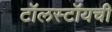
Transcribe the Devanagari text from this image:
टॉलस्टॉयची